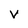
Character: V